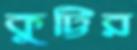
কুট্টির